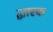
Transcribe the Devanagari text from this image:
द्धारक